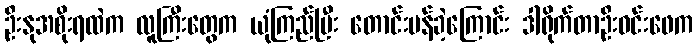
ဦးနုအစိုးရထဲက လူကြီးတွေက ယုံကြည်ပြီး တောင်းပန်ခဲ့ကြောင်း ဒါရိုက်တာဦးဝင်းဖေက